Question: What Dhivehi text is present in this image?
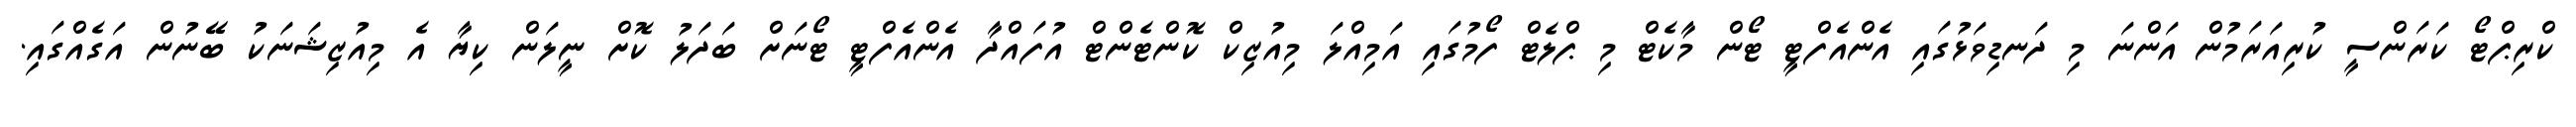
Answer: ކްރިޕްޓޯ ކަރަންސީ ކުރިއަރަމުން އަންނަ މި ދަނޑިވަޅުގައި އެންއެފްޓީ ޓޯން މާކެޓް މި ޕްލެޓް ފޯމުގައި އަމިއްލަ މިއުޒިކް ކޮންޓެންޓް އުފައްދާ އެންއެފްޓީ ޓޯނަށް ބަދަލު ކޮށް ނީލަން ކިޔާ އެ މިއުޒިޝަނަކު ބޭނުން އަގެއްގައި.